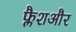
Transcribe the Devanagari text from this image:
फ्लैशऔर